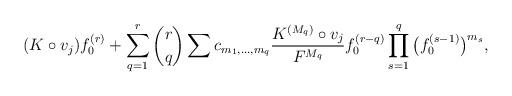
LaTeX: \begin{align*}(K\circ v_j) f_0^{(r)}+ \sum_{q=1}^r \binom{r}{q} \sum c_{m_1, \ldots, m_q} \frac{ K^{(M_q)}\circ v_j}{F^{M_q}} f_0^{(r-q)} \prod_{s=1}^q \big(f_0^{(s-1)}\big)^{m_s},\end{align*}